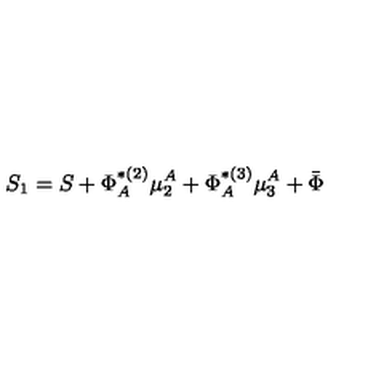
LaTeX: S _ { 1 } = S + \Phi _ { A } ^ { * ( 2 ) } \mu _ { 2 } ^ { A } + \Phi _ { A } ^ { * ( 3 ) } \mu _ { 3 } ^ { A } + \bar { \Phi }